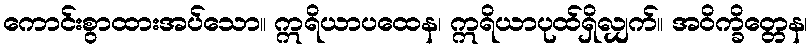
ကောင်းစွာထားအပ်သော။ ဣရိယာပထေန၊ ဣရိယာပုထ်ရှိလျှက်။ အဝိက္ခိတ္တေန၊